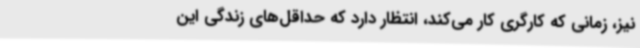
نیز، زمانی که کارگری کار می‌کند، انتظار دارد که حداقل‌های زندگی این